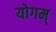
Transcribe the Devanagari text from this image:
योगम्